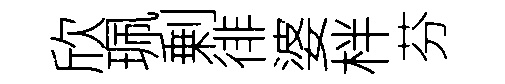
欣珮剰徘婆柈芬